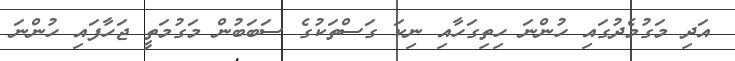
އަދި މަގުމެދުގައި ހުންނަ ހިތިގަހާއި ނިކަ ގަސްތަކުގެ ސަބަބުން މަގުމަތީ ޖަހާފައި ހުންނަ